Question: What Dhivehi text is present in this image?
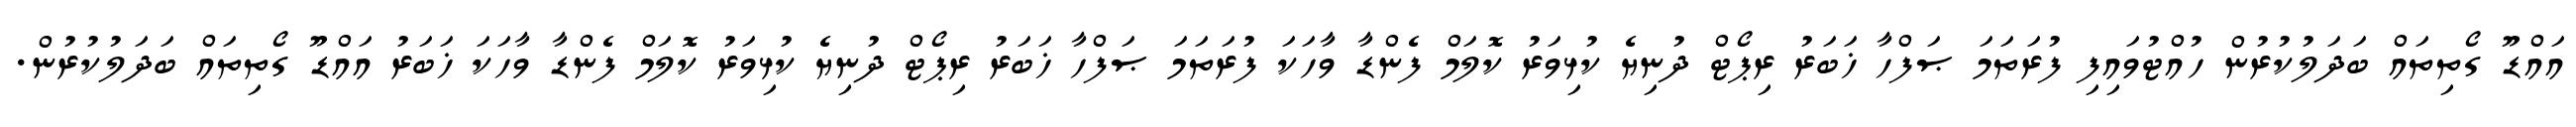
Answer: އައްޑޫ ގޯތިތައް ބަދަލުކުރުން ހުއްޓުވައިފި ފުރަތަމަ ޞަފްހާ ޚަބަރު ރިޕޯޓް ދުނިޔެ ކުޅިވަރު ކޮލަމް ފެންޑާ ވާހަކަ ފުރަތަމަ ޞަފްހާ ޚަބަރު ރިޕޯޓް ދުނިޔެ ކުޅިވަރު ކޮލަމް ފެންޑާ ވާހަކަ ޚަބަރު އައްޑޫ ގޯތިތައް ބަދަލުކުރުން.